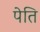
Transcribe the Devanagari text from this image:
पेति